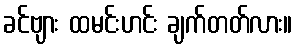
ခင်ဗျား ထမင်းဟင်း ချက်တတ်လား။